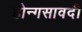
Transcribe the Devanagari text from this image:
होन्गसावदी